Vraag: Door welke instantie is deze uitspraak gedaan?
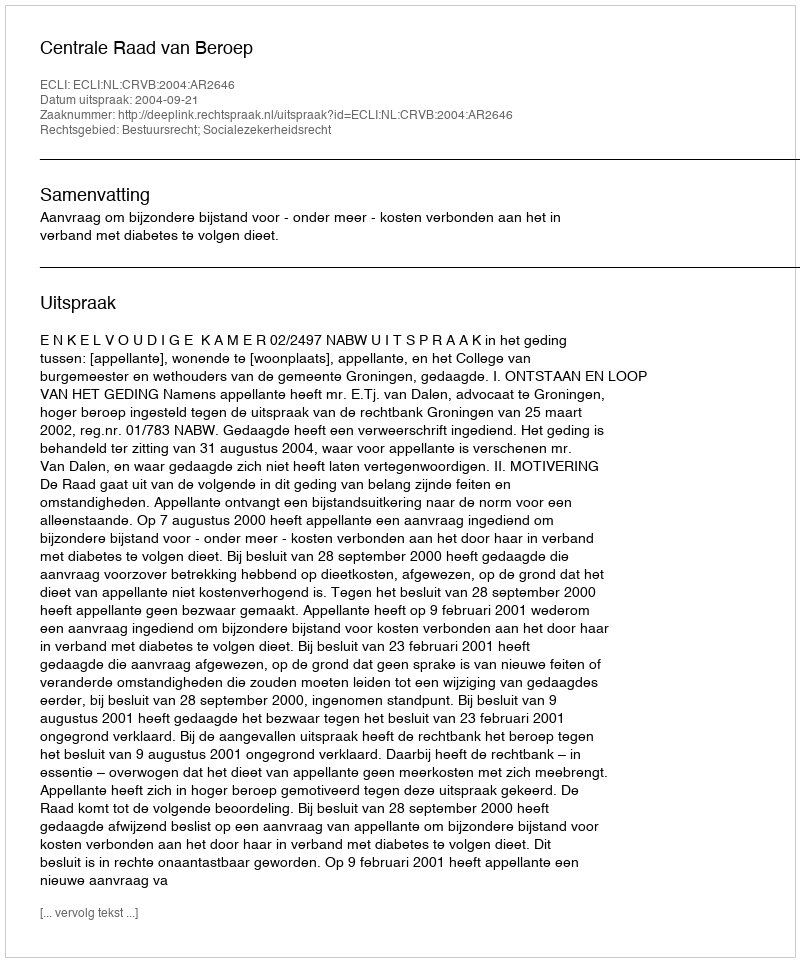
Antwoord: Centrale Raad van Beroep